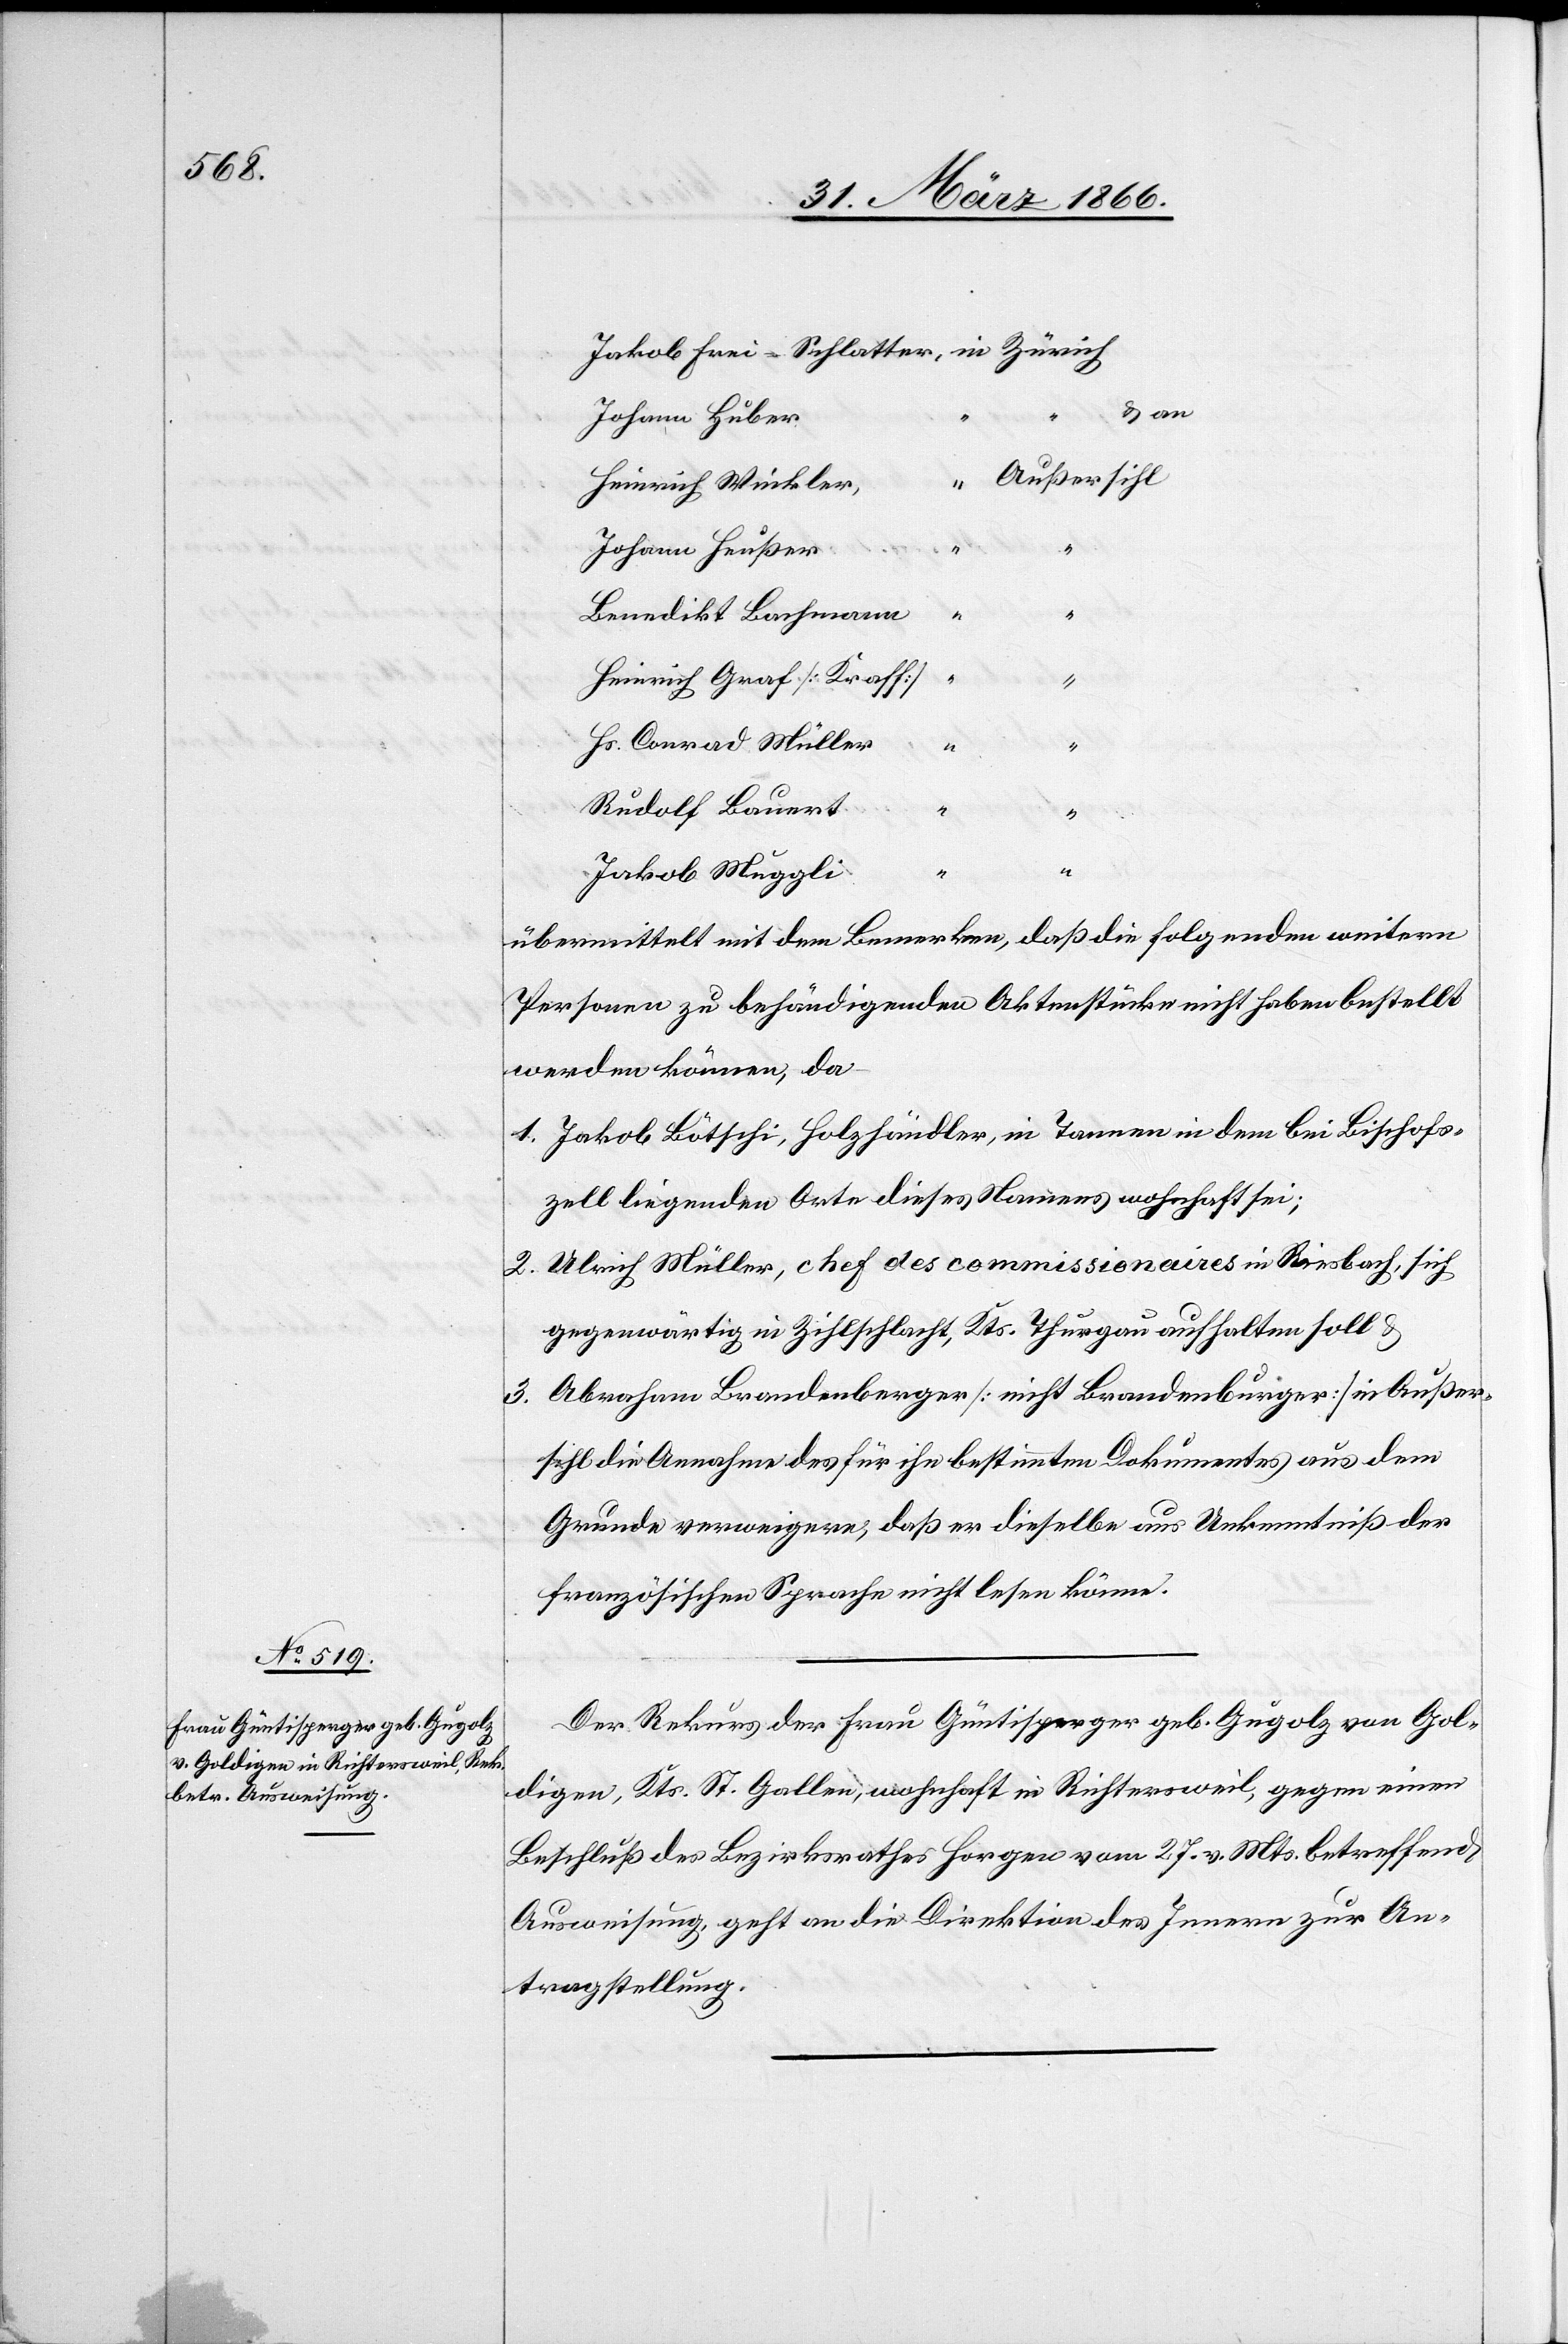
31. März 1866.]
u. an
Johann Huber
Außersihl
Heinrich Winkler,
Benedikt Lachmann
“
Heinrich Graf [Kraff]
Hs. Conrad Müller
“
Rudolf Lauert
“
Jakob Muggli
übermittelt mit dem Bemerken, daß die folgenden weitern
Personen zu behändigenden Aktenstücke nicht haben bestellt
werden können, da
1. Jakob Lötschi, Holzhändler, in Tannen in dem bei Bischofs¬
zell liegenden Orte dieses Namens wohnhaft sei;
2. Ulrich Müller, chef des commissionaires in Riesbach, sich
gegenwärtig in Zihlschlacht, Kts. Thurgau aufhalten soll u.
Abraham Brandenberger [nicht Brandenburger] in Außer¬
3.
sihl die Annahme des für ihn bestimmten Dokumentes aus dem
Grunde verweigere, daß er dieselbe aus Unkenntniß der
französischen Sprache nicht lesen könne.
Der Rekurs der Frau Güntlisperger geb. Gugolz von Gol¬
dingen, Kts. St. Gallen, wohnhaft in Richtersweil, gegen einen
Beschluß des Bezirksrathes Horgen vom 27. v. Mts. betreffend
Ausweisung, geht an die Direktion des Innern zur An¬
tragstellung.